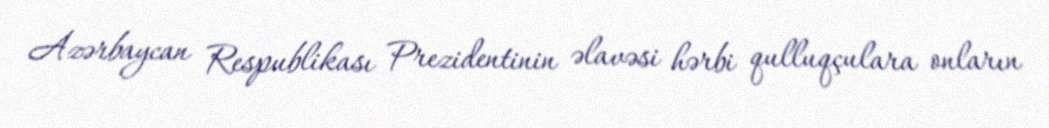
Azərbaycan Respublikası Prezidentinin əlavəsi hərbi qulluqçulara onların